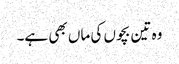
وہ تین بچوں کی ماں بھی ہے۔